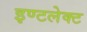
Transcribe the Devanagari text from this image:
इण्टलेक्ट